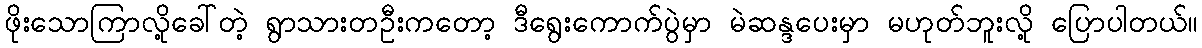
ဖိုးသောကြာလို့ခေါ်တဲ့ ရွာသားတဦးကတော့ ဒီရွေးကောက်ပွဲမှာ မဲဆန္ဒပေးမှာ မဟုတ်ဘူးလို့ ပြောပါတယ်။